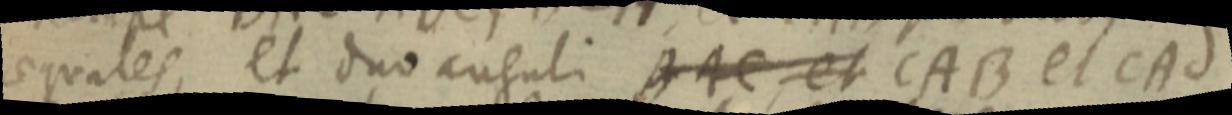
aequales, et duo anguli BAC, et CAB et CAd